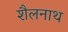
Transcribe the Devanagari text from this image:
शैलनाथ